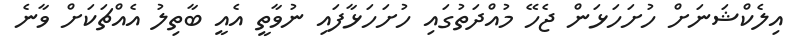
އިލެކްޝަނަށް ހުށަހަޅަން ޖެހޭ މުއްދަތުގައި ހުށަހަޅާފައި ނުވާތީ އެއީ ބާތިލު އެއްޗަކަށް ވާނެ